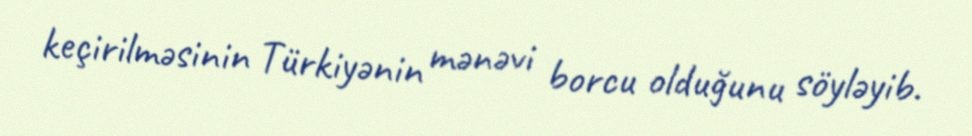
keçirilməsinin Türkiyənin mənəvi borcu olduğunu söyləyib.